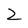
Character: Z